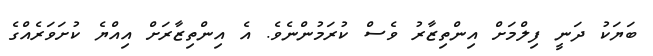
ބަޔަކު ދަނީ ފިލްމަށް އިންތިޒާރު ވެސް ކުރަމުންނެވެ. އެ އިންތިޒާރަށް އިއްޔެ ކުށަވަރެއްގެ